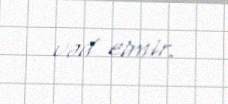
vəd etmir.